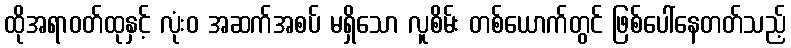
ထိုအရာဝတ်ထုနှင့် လုံးဝ အဆက်အစပ် မရှိသော လူစိမ်း တစ်ယောက်တွင် ဖြစ်ပေါ်နေတတ်သည့်